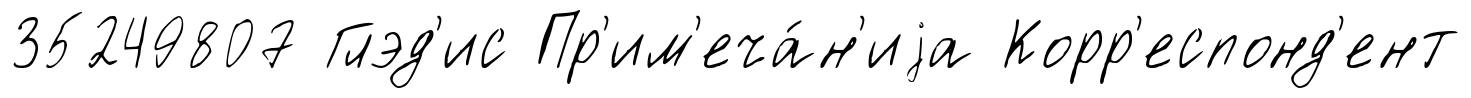
35249807 Глэд'ис Пр'им'еча́н'иjа Корр'еспонд'ент